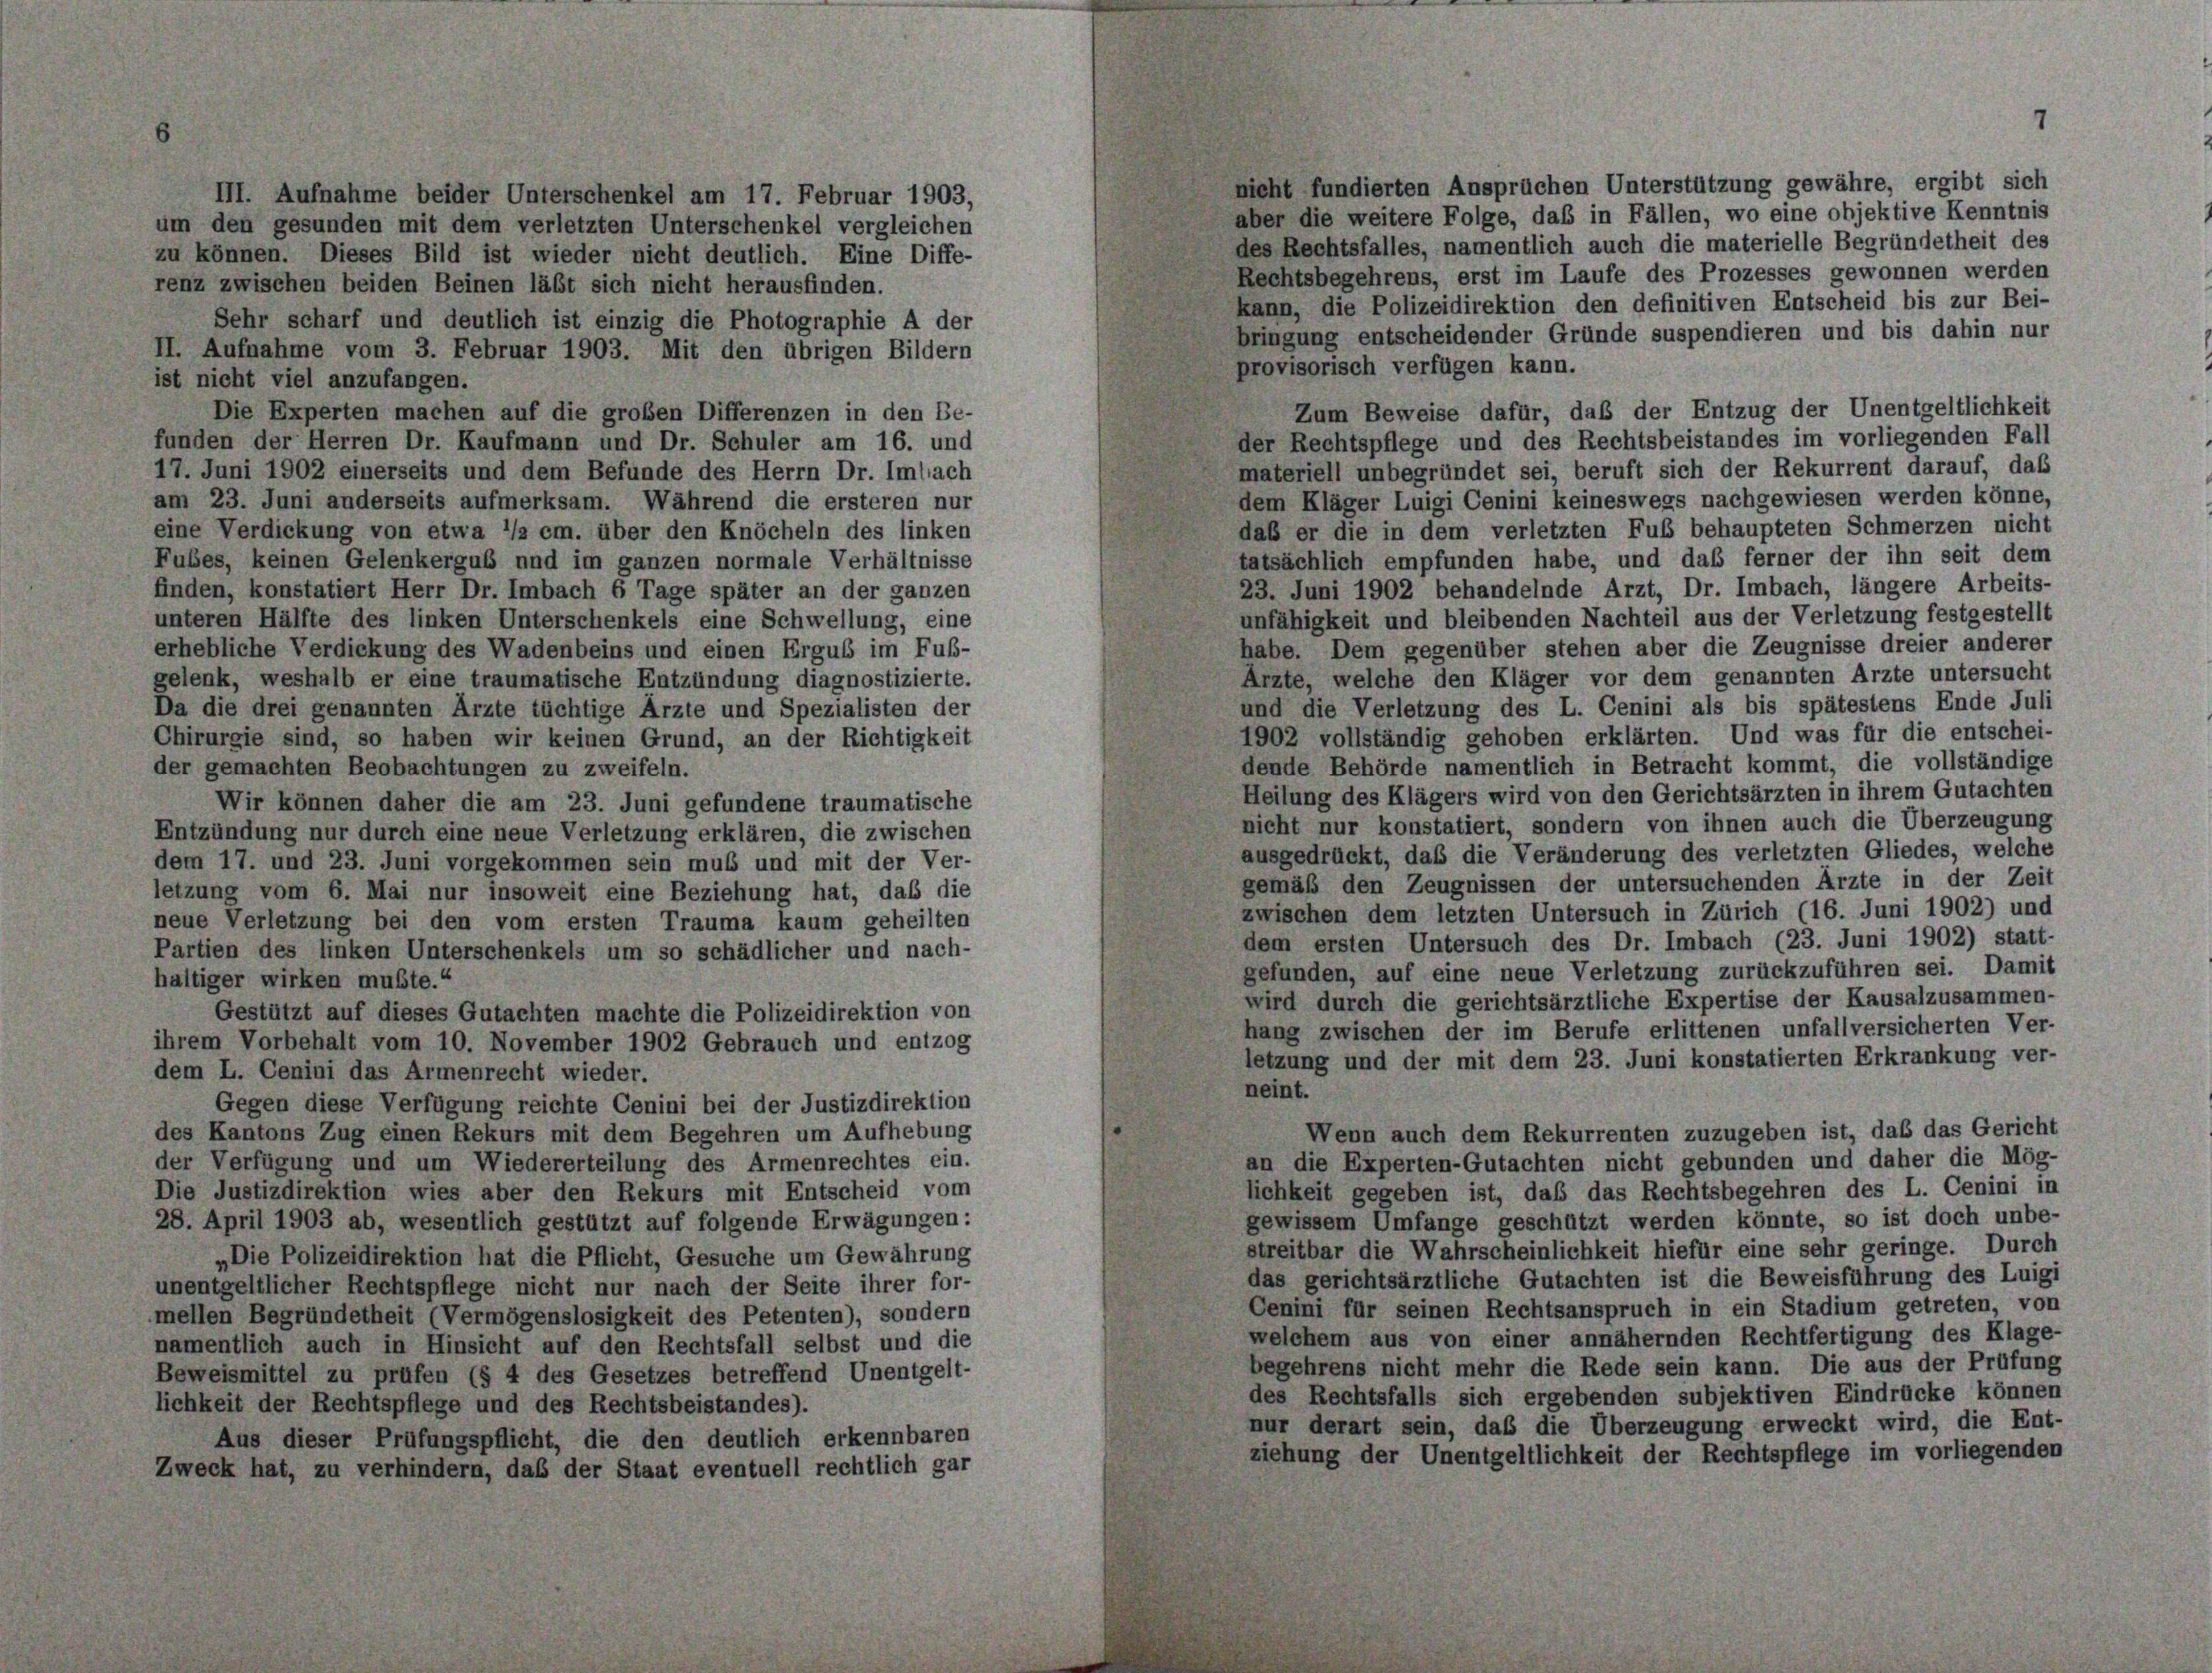
III. Aufnahme beider Unterschenkel am 17. Februar 1903,
um den gesunden mit dem verletzten Unterschenkel vergleichen
zu können. Dieses Bild ist wieder nicht deutlich. Eine Diffe-
renz zwischen beiden Beinen läßt sich nicht herausfinden.
Sehr scharf und deutlich ist einzig die Photographie A der
II. Aufnahme vom 3. Februar 1903. Mit den übrigen Bildern
ist nicht viel anzufangen.
Die Experten machen auf die großen Differenzen in den Be-
funden der Herren Dr. Kaufmann und Dr. Schuler am 16. und
17. Juni 1902 einerseits und dem Befunde des Herrn Dr. Imbach
am 23. Juni anderseits aufmerksam. Während die ersteren nur
eine Verdickung von etwa 1/2 cm. über den Knöcheln des linken
Fubes, keinen Gelenkergus und im ganzen normale Verhältnisse
finden, konstatiert Herr Dr. Imbach 6 Tage später an der ganzen
unteren Hälfte des linken Unterschenkels eine Schwellung, eine
erhebliche Verdickung des Wadenbeins und einen Ergus im Fuß-
gelenk, weshalb er eine traumatische Entzündung diagnostizierte.
Da die drei genannten Ärzte tüchtige Ärzte und Spezialisten der
Chirurgie sind, so haben wir keinen Grund, an der Richtigkeit
der gemachten Beobachtungen zu zweifeln.
Wir können daher die am 23. Juni gefundene traumatische
Entzündung nur durch eine neue Verletzung erklären, die zwischen
dem 17. und 23. Juni vorgekommen sein muß und mit der Ver-
letzung vom 6. Mai nur insoweit eine Beziehung hat, daß die
neue Verletzung bei den vom ersten Trauma kaum geheilten
Partien des linken Unterschenkels um so schädlicher und nach-
haltiger wirken mußte.“
Gestützt auf dieses Gutachten machte die Polizeidirektion von
ihrem Vorbehalt vom 10. November 1902 Gebrauch und entzog
dem L. Cenini das Armenrecht wieder.
Gegen diese Verfügung reichte Cenini bei der Justizdirektion
des Kantons Zug einen Rekurs mit dem Begehren um Aufhebung
der Verfügung und um Wiedererteilung des Armenrechtes ein.
Die Justizdirektion wies aber den Rekurs mit Entscheid vom
28. April 1903 ab, wesentlich gestützt auf folgende Erwägungen:
„Die Polizeidirektion hat die Pflicht, Gesuche um Gewährung
unentgeltlicher Rechtspflege nicht nur nach der Seite ihrer for-
mellen Begründetheit (Vermögenslosigkeit des Petenten), sondern
namentlich auch in Hinsicht auf den Rechtsfall selbst und die
Beweismittel zu prüfen (§ 4 des Gesetzes betreffend Unentgelt-
lichkeit der Rechtspflege und des Rechtsbeistandes).
Aus dieser Prüfungspflicht, die den deutlich erkennbaren
Zweck hat, zu verhindern, daß der Staat eventuell rechtlich gar

nicht fundierten Ansprüchen Unterstützung gewähre, ergibt sich
aber die weitere Folge, daß in Fällen, wo eine objektive Kenntnis
des Rechtsfalles, namentlich auch die materielle Begründetheit des
Rechtsbegehrens, erst im Laufe des Prozesses gewonnen werden
kann, die Polizeidirektion den definitiven Entscheid bis zur Bei-
bringung entscheidender Gründe suspendieren und bis dahin nur
provisorisch verfügen kann.
Zum Beweise dafür, daß der Entzug der Unentgeltlichkeit
der Rechtspflege und des Rechtsbeistandes im vorliegenden Fall
materiell unbegründet sei, beruft sich der Rekurrent darauf, daß
dem Kläger Luigi Cenini keineswegs nachgewiesen werden könne,
daß er die in dem verletzten Fuß behaupteten Schmerzen nicht
tatsächlich empfunden habe, und das ferner der ihn seit dem
23. Juni 1902 behandelnde Arzt, Dr. Imbach, längere Arbeits-
unfähigkeit und bleibenden Nachteil aus der Verletzung festgestellt
habe. Dem gegenüber stehen aber die Zeugnisse dreier anderer
Arzte, welche den Kläger vor dem genannten Arzte untersucht
und die Verletzung des L. Cenini als bis spätestens Ende Juli
1902 vollständig gehoben erklärten. Und was für die entschei-
dende Behörde namentlich in Betracht kommt, die vollständige
Heilung des Klägers wird von den Gerichtsärzten in ihrem Gutachten
nicht nur konstatiert, sondern von ihnen auch die Überzeugung
ausgedrückt, daß die Veränderung des verletzten Gliedes, welche
gemäß den Zeugnissen der untersuchenden Ärzte in der Zeit
zwischen dem letzten Untersuch in Zürich (16. Juni 1902) und
dem ersten Untersuch des Dr. Imbach (23. Juni 1902) statt-
gefunden, auf eine neue Verletzung zurückzuführen sei. Damit
wird durch die gerichtsärztliche Expertise der Kausalzusammen-
hang zwischen der im Berufe erlittenen unfallversicherten Ver-
letzung und der mit dem 23. Juni konstatierten Erkrankung ver-
neint.
Wenn auch dem Rekurrenten zuzugeben ist, daß das Gericht
an die Experten-Gutachten nicht gebunden und daher die Mög-
lichkeit gegeben ist, daß das Rechtsbegehren des L. Cenini in
gewissem Umfange geschützt werden könnte, so ist doch unbe-
streitbar die Wahrscheinlichkeit hiefür eine sehr geringe. Durch
das gerichtsärztliche Gutachten ist die Beweisführung des Luigi
Cenini für seinen Rechtsanspruch in ein Stadium getreten, von
welchem aus von einer annähernden Rechtfertigung des Klage-
begehrens nicht mehr die Rede sein kann. Die aus der Prüfung
des Rechtsfalls sich ergebenden subjektiven Eindrücke können
nur derart sein, daß die Überzeugung erweckt wird, die Ent-
ziehung der Unentgeltlichkeit der Rechtspflege im vorliegenden